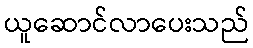
ယူဆောင်လာပေးသည်